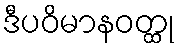
ဒီပဝိမာနဝတ္ထု